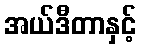
အယ်ဒီတာနှင့်